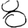
Digit: 8